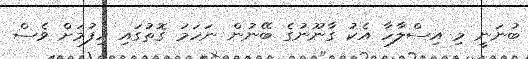
ބުނަނީ މި އިސްލާހާ އެކު ގާނޫނުގެ ބޭނުން ނަހަމަ ގޮތުގައި ހިފުމަށް ވެސް